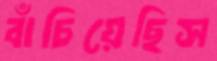
বাঁচিয়েছিস